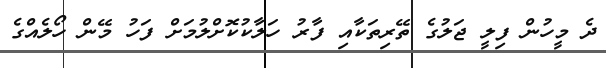
ދެ މީހުން ފިލީ ޖަލުގެ ތޭރިތަކާއި ފާރު ހަލާކުކޮށްލުމަށް ފަހު މޭން ހޯލެއްގެ